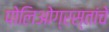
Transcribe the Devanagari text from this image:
पोलिओग्रस्तांचे